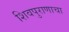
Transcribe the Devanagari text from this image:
शिवपुराणाचा